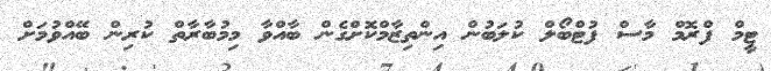
ޓީމް ފްރޮމް މާސް ފުޓްބޯލް ކުލަބުން އިންތިޒާމްކޮށްގެން ބާއްވާ މިމުބާރާތް ކުރިން ބޭއްވުމަށް